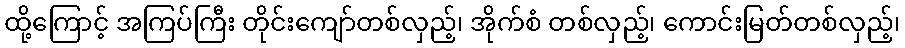
ထို့ကြောင့် အကြပ်ကြီး တိုင်းကျော်တစ်လှည့်၊ အိုက်စံ တစ်လှည့်၊ ကောင်းမြတ်တစ်လှည့်၊